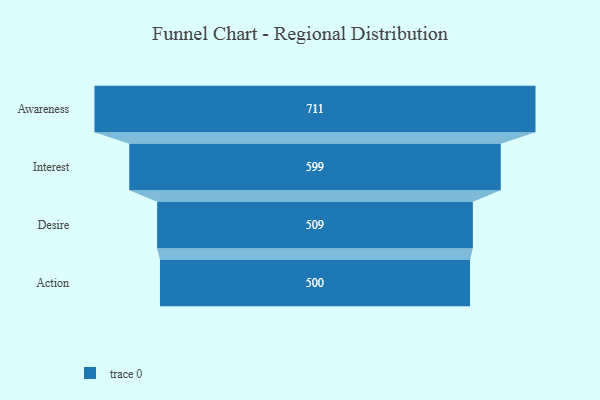
{"axis": {"x": "Stage", "y": "Value"}, "legend": [""], "data": [{"x": "Awareness", "y": 711.0, "type": ""}, {"x": "Interest", "y": 599.0, "type": ""}, {"x": "Desire", "y": 509.0, "type": ""}, {"x": "Action", "y": 500, "type": ""}]}